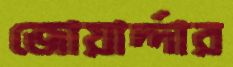
জোয়ার্দ্দার